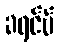
ခရင်မ်